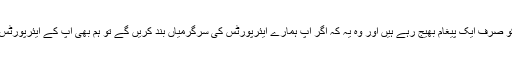
یمنی عوام سعودی حکمرانوں کو صرف ایک پیغام بھیج رہے ہیں اور وہ یہ کہ اگر آپ ہمارے ایئرپورٹس کی سرگرمیاں بند کریں گے تو ہم بھی آپ کے ایئرپورٹس کی سرگرمیاں روک دیں گے۔